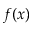
f ( x )